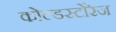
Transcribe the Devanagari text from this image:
कोल्डस्टोरेज